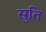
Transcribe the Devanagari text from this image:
स्रुति